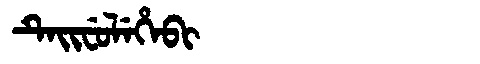
Manchu: ᡨᡝᡳᠸᡠᠯᡝᡥᡝᠪᡳ
Romanization: TEIFULEHEBI